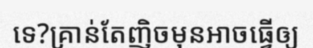
ទេ?គ្រាន់តែញិចមុនអាចធ្វើឲ្យ